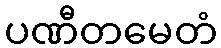
ပဏီတမေတံ